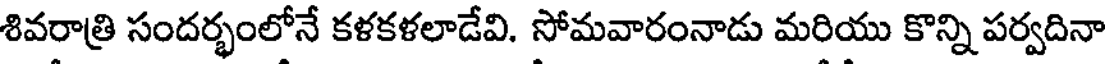
శివరాత్రి సందర్భంలోనే కళకళలాడేవి. సోమవారంనాడు మరియు కొన్ని పర్వదినా